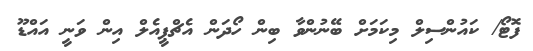
ފޮޓޯ/ ކައުންސިލް މިކަމަށް ބޭނުންވާ ބިން ހޯދަން އެޗްޕީީއެލް އިން ވަނީ އައްޑޫ